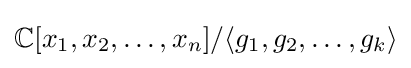
\mathbb {C} [x_{1},x_{2},\ldots ,x_{n}]/\langle g_{1},g_{2},\ldots ,g_{k}\rangle